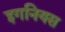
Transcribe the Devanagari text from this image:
इगनियस